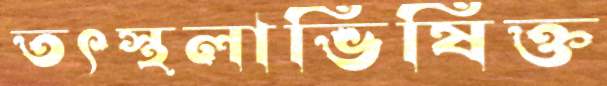
তৎস্থলাভিষিক্ত